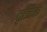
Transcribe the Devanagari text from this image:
वृजिक